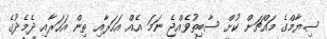
ސިޔާމްގެ މައްޗަށް ކުށް ސާބިތުވެއްޖެ ނަމަ އެއް އަހަރާއި ތިން އަހަރާއި ދެމެދުގެ